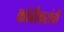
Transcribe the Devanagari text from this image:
कांबीकरांची